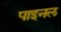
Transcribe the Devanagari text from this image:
पाइनल